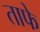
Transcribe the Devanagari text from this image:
ताफे